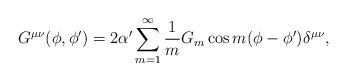
LaTeX: \begin{align*}G^{\mu\nu} (\phi, \phi') = 2\alpha' \sum_{m=1}^\infty \frac{1}{m}G_m \cos m (\phi - \phi') \delta^{\mu\nu},\end{align*}